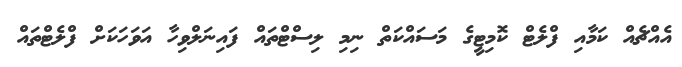
އެއްޗެއް ކަމާއި ފްލެޓް ކޮމިޓީގެ މަސައްކަތް ނިމި ލިސްޓްތައް ފައިނަލްވިހާ އަވަހަކަށް ފްލެޓްތައް